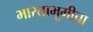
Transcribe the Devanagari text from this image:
भारताभूमीचा